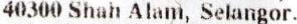
40300 SHAH ALAM, SELANGOR.